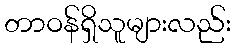
တာဝန်ရှိသူများလည်း